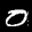
Label: 0